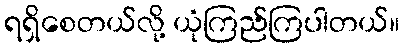
ရရှိစေတယ်လို့ ယုံကြည်ကြပါတယ်။